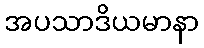
အပသာဒိယမာနာ